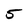
Character: 5